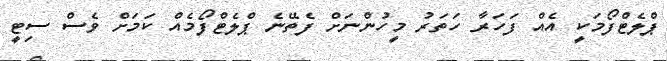
ޕްލެޓްފޯމަކީ އެއް ފަހަރާ ހަތަރު މީހުންނަށް ފެތޭނެ ޕްލެޓްފޯމެއް ކަމަށް ވެސް ސިޓީ